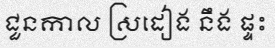
ជួនកាល ស្រដៀង នឹង ផ្ទះ